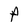
Character: p